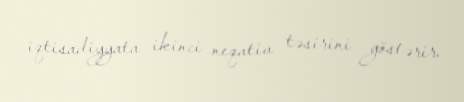
iqtisadiyyata ikinci neqativ təsirini göstərir.